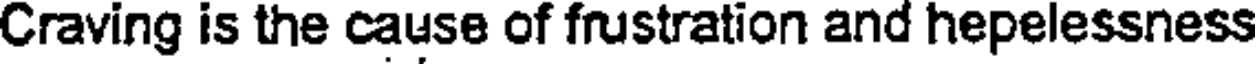
Craving is the cause of frustration and hepelessness